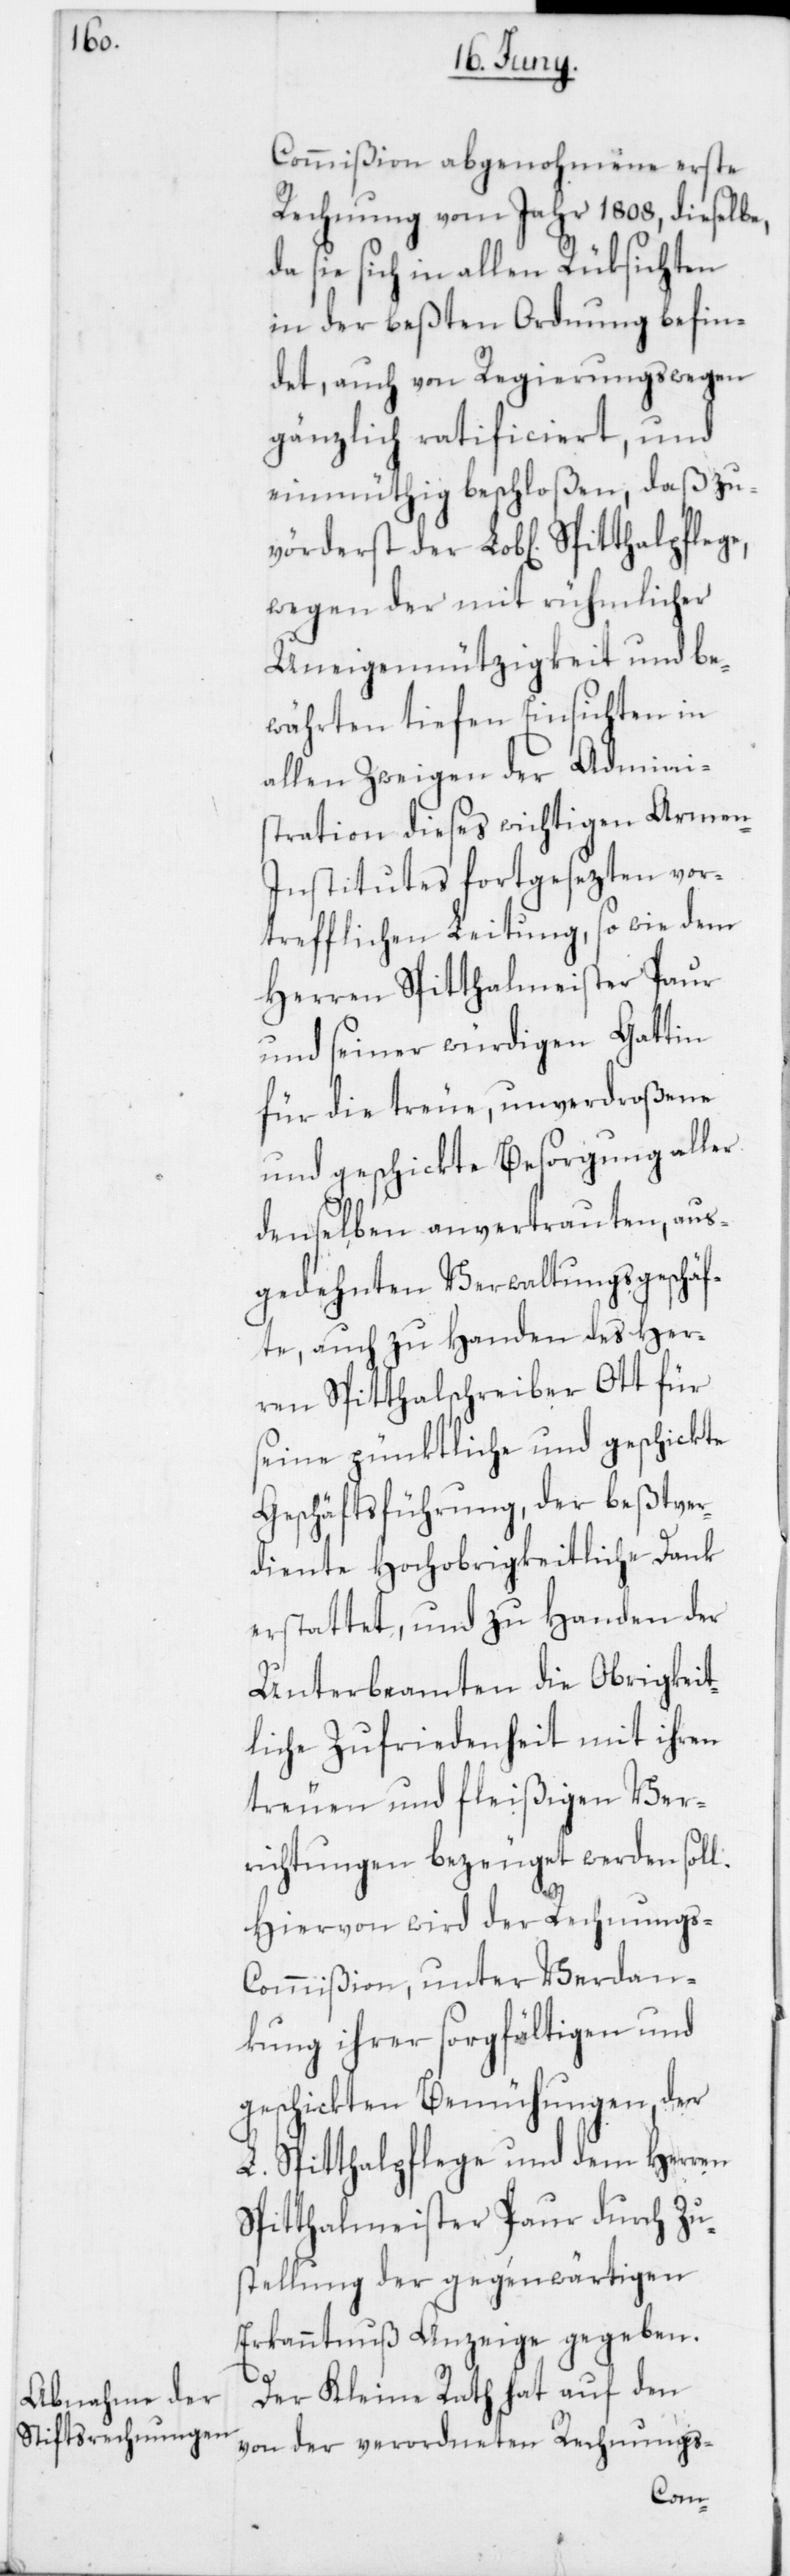
vörd¬

Commißion abgenohmene erste
Rechnung vom Jahr 1808, dieselbe,
da sie sich in allen Rüksichten
in der beßten Ordnung befin¬
det, auch von Regierungswegen
gänzlich ratificiert, und
einmüthig beschloßen, daß zu¬
wegen der mit rühmlicher
Uneigennützigkeit und be¬
währten tiefen Einsichten in
allen Zweigen der Admini¬
stration dieses wichtigen Armen-I¬
nstitutes fortgesezten vor¬
trefflichen Leitung, so wie dem
Herren Spitthalmeister Paur
und seiner würdigen Gattin
für die treue, unverdroßene
und geschickte Besorgung aller
denselben anvertrauten, aus¬
gedehnten Verwaltungsgeschäf¬
te, auch zu Handen des Her¬
ren Spitthalschreiber Ott für
seine pünktliche und geschickte
Geschäftsführung, der beßtver¬
diente Hochobrigkeitliche Dank
erstattet, und zu Handen der
Unterbeamten die Obrigkeit¬
liche Zufriedenheit mit ihren
treuen und fleißigen Ver¬
richtungen bezeuget werden soll.
Hiervon wird der Rechnungs-C¬
ommißion, unter Verdan¬
kung ihrer sorgfältigen und
geschickten Bemühungen, der
L. Spitthalpflege und dem Herren
Spitthalmeister Paur durch Zu¬
stellung der gegenwärtigen
Erkanntnuß Anzeige gegeben.
erst
Der Kleine Rath hat auf den
von der verordneten Rechnungs-